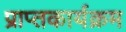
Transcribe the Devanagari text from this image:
प्राप्तकार्यक्रम